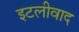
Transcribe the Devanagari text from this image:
इटलीवाद